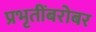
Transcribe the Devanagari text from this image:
प्रभृतींबरोबर